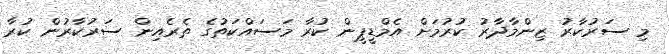
މި ސަރުކާރު ޒިންމާދާރު ކުުރުމަށް އެމްޑީޕީން ކުރާ މަސައްކަތުގެ ތެރެއިން ސަރުކާރުން ކުރާ